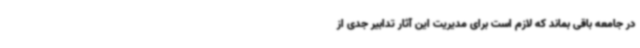
در جامعه باقی بماند که لازم است برای مدیریت این آثار تدابیر جدی از